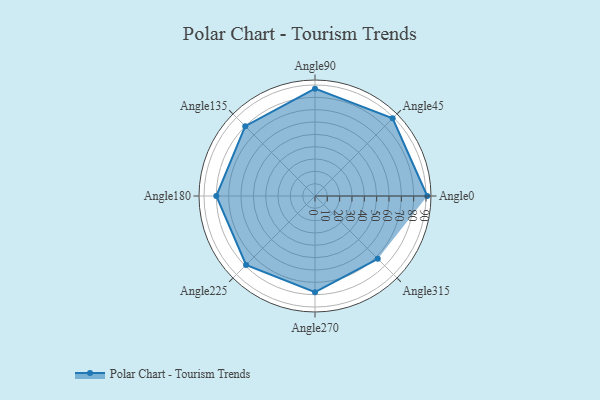
{"axis": {"x": "Angle", "y": "Radius"}, "legend": [""], "data": [{"x": "Angle0", "y": 91.0, "type": ""}, {"x": "Angle45", "y": 89.0, "type": ""}, {"x": "Angle90", "y": 87.0, "type": ""}, {"x": "Angle135", "y": 80.0, "type": ""}, {"x": "Angle180", "y": 80.0, "type": ""}, {"x": "Angle225", "y": 79.0, "type": ""}, {"x": "Angle270", "y": 78.0, "type": ""}, {"x": "Angle315", "y": 72.0, "type": ""}]}